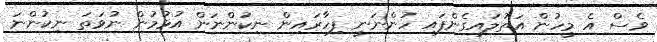
ވެސް އެ މީހުން އަތުލައިގެންފައި ހުންނަނީ ފިހާރައިން ނިކުންނަން އުޅުމުން ނުވަތަ ނިކުންނަ